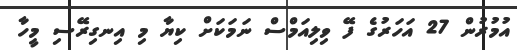
އުމުރުން 27 އަހަރުގެ ފޭ ވިލިއަމްސް ނަމަކަށް ކިޔާ މި އިނގިރޭސި މީހާ